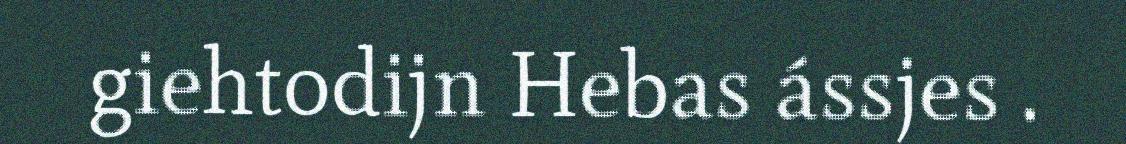
giehtodijn Hebas ássjes .